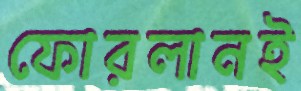
ফোরলানই